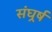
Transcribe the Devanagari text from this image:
संघर्र्ष